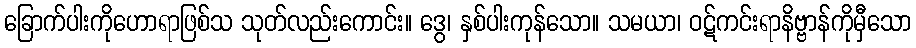
ခြောက်ပါးကိုဟောရာဖြစ်သ သုတ်လည်းကောင်း။ ဒွေ၊ နှစ်ပါးကုန်သော။ သမယာ၊ ဝဋ်ကင်းရာနိဗ္ဗာန်ကိုမှီသော